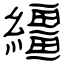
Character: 繮